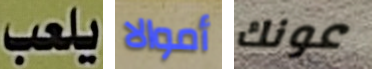
يلعب أموالا عونك